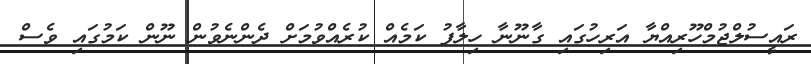
ރައީސުލްޖުމްހޫރިއްޔާ އަރިހުގައި ގާނޫނާ ހިލާފު ކަމެއް ކުރެއްވުމަށް ދެންނެވުން ނޫން ކަމުގައި ވެސް